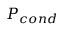
P _ { c o n d }